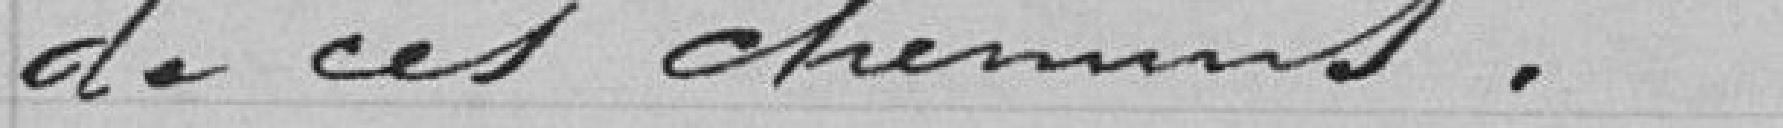
de ces chemins.